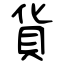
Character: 貨